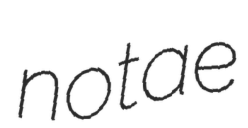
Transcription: notae